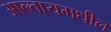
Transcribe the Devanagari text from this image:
आल्तायमधील